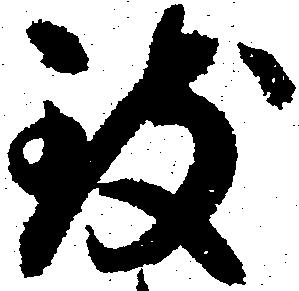
致